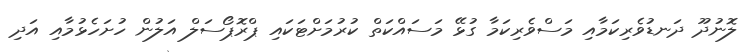
ލޮނުދޫ ދަނޑުވެރިކަމާއި މަސްވެރިކަމާ ގުޅޭ މަސައްކަތް ކުރުމަށްޓަކައި ޕްރޮޕޯސަލް އަލުން ހުށަހެޅުމާއި އަދި